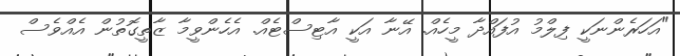
"އަހަރެންނަކީ ފިލްމު އުފައްދާ މީހެއް. އޭނާ އަކީ އާޓިސްޓެއް. އެހެންވީމާ ޒާތީގޮތުން އެއްވެސް